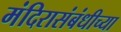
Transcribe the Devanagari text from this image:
मंदिरासंबंधीच्या